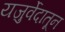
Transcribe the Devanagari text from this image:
यजुर्वेदातून